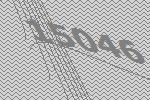
15046